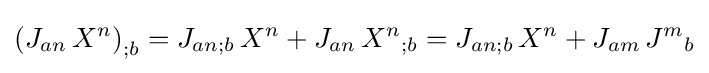
\left(J_{an}\,X^{n}\right)_{;b}=J_{an;b}\,X^{n}+J_{an}\,{X^{n}}_{;b}=J_{an;b}\,X^{n}+J_{am}\,{J^{m}}_{b}